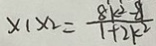
x _ { 1 } x _ { 2 } = \frac { 8 k ^ { 2 } - 8 } { 1 + 2 k ^ { 2 } }